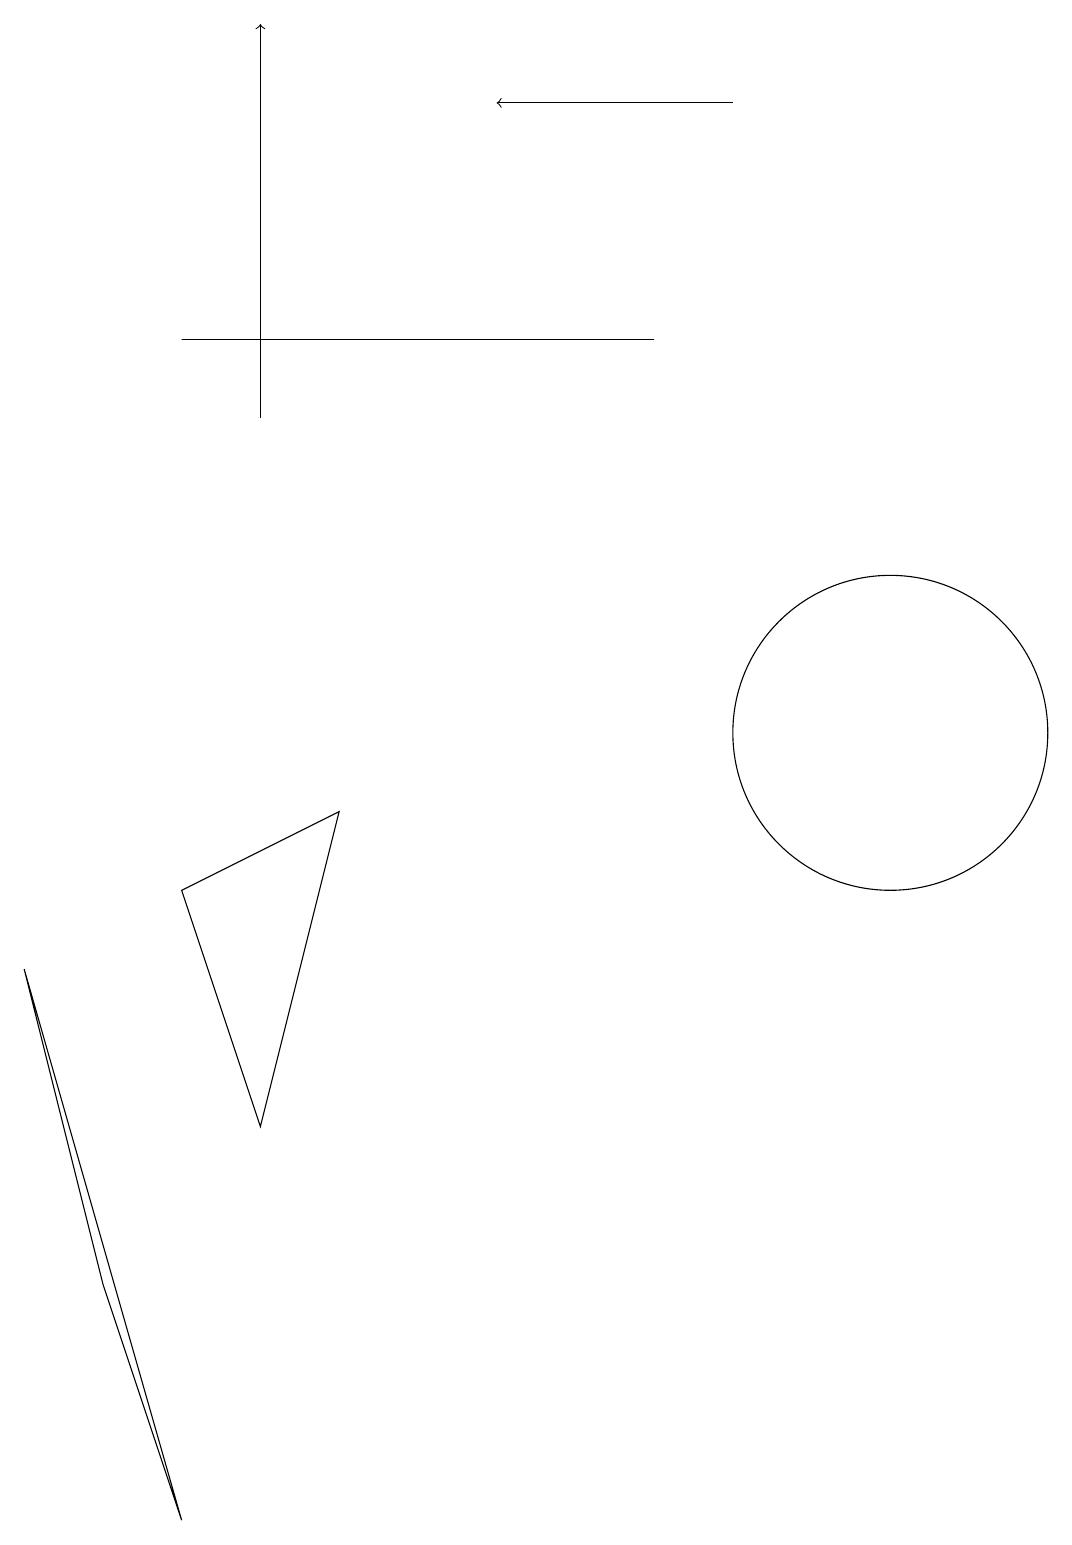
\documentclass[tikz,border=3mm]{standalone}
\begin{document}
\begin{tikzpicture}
\draw (8,15) rectangle (2,15);
\draw (3,5) -- (4,9) -- (2,8) -- cycle;
\draw (2,0) -- (0,7) -- (1,3) -- cycle;
\draw[->] (9,18) -- (6,18);
\draw (11,12) circle (0);
\draw (12,10) circle (0);
\draw (11,10) circle (2);
\draw[->] (3,14) -- (3,19);
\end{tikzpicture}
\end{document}